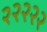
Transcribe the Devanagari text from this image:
२२२२२